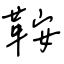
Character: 鞍